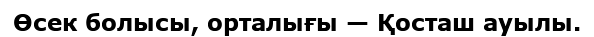
Өсек болысы, орталығы — Қосташ ауылы.